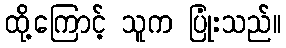
ထို့ကြောင့် သူက ပြုံးသည်။